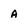
Character: a